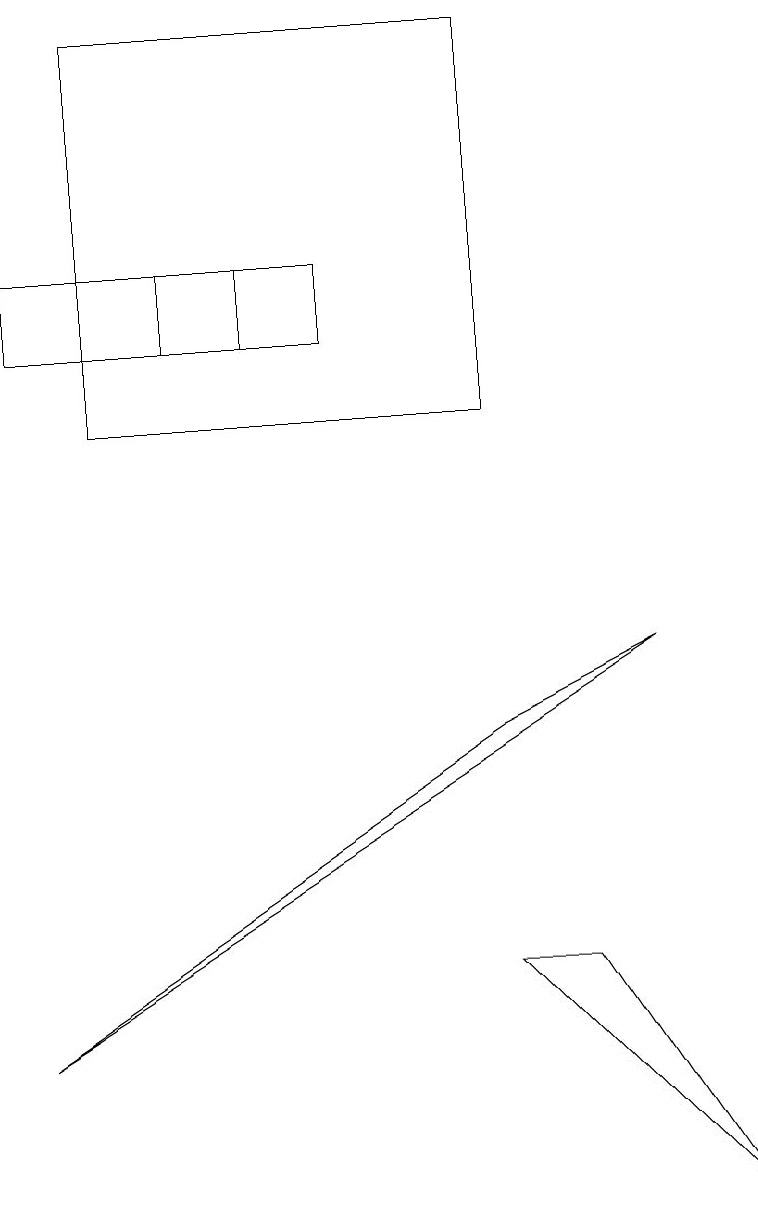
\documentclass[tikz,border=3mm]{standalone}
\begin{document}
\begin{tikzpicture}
\draw (0,2) -- (6,6) -- (8,7) -- cycle;
\draw (9,0) -- (6,3) -- (7,3) -- cycle;
\draw (3,12) rectangle (0,11);
\draw (1,10) rectangle (6,15);
\draw (4,12) rectangle (2,11);
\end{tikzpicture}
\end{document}